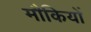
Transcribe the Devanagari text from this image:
मौकियों